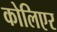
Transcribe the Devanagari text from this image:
कोलिएर